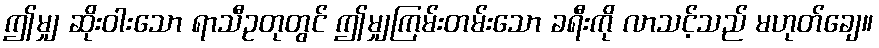
ဤမျှ ဆိုးဝါးသော ရာသီဥတုတွင် ဤမျှကြမ်းတမ်းသော ခရီးကို လာသင့်သည် မဟုတ်ချေ။